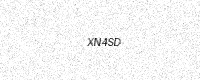
Text: XN4SD